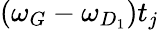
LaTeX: (\omega_{G}-\omega_{D_{1}})t_{j}